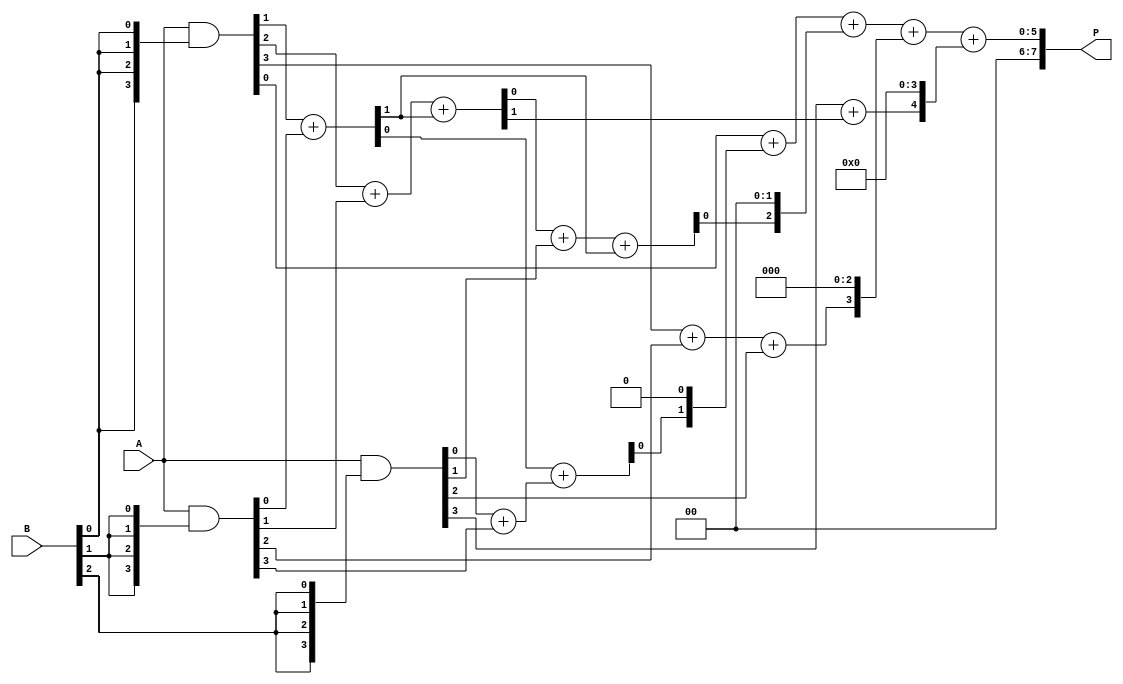
module dadda_multiplier (
    input [3:0] A,      // First multiplicand
    input [3:0] B,      // Second multiplicand
    output [7:0] P      // Product output
);
    wire [3:0] pp[3:0]; // Partial products
    wire [7:0] sum1, sum2, sum3; // Sums at various stages
    wire carry1, carry2;

    // Partial Product Generation
    assign pp[0] = A & {4{B[0]}};
    assign pp[1] = A & {4{B[1]}};
    assign pp[2] = A & {4{B[2]}};
    assign pp[3] = A & {4{B[3]}};

    // Stage 1: Reduction Tree using Half Adders and Full Adders
    assign sum1[0] = pp[0][0];
    assign {carry1, sum1[1]} = pp[0][1] + pp[1][0];
    assign {carry2, sum1[2]} = pp[0][2] + pp[1][1] + carry1;
    assign sum1[3] = pp[0][3] + pp[1][2];
    assign sum1[4] = pp[2][0] + pp[1][3];
    assign sum1[5] = pp[2][1];
    assign sum1[6] = pp[2][2];
    assign sum1[7] = pp[2][3];

    // Stage 2: Further Reduction
    assign sum2[0] = sum1[0];
    assign {carry1, sum2[1]} = sum1[1] + sum1[4];
    assign {carry2, sum2[2]} = sum1[2] + sum1[5] + carry1;
    assign sum2[3] = sum1[3] + sum1[6];
    assign sum2[4] = sum1[7] + carry2;

    // Final Addition
    assign P = sum2[0] + (sum2[1] << 1) + (sum2[2] << 2) + (sum2[3] << 3) + (sum2[4] << 4);

endmodule